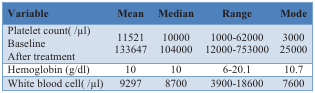
| Variable | Mean | Median | Range | Mode |
 | --- | --- | --- | --- | --- |
 | Platelet count( /μl)BaselineAfter treatment | 11521133647 | 10000104000 | 1000-6200012000-753000 | 300025000 |
 | Hemoglobin (g/dl) | 10 | 10 | 6-20.1 | 10.7 |
 | White blood cell( /μl) | 9297 | 8700 | 3900-18600 | 7600 |